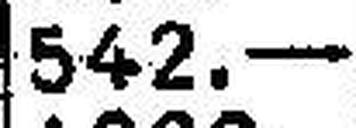
542.—